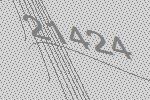
21424